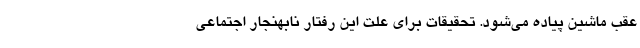
عقب ماشین پیاده می‌شود. تحقیقات برای علت این رفتار نابهنجار اجتماعی